Indian journal of veterinary science and animal husbandry - Volume 10,
Year: 1940
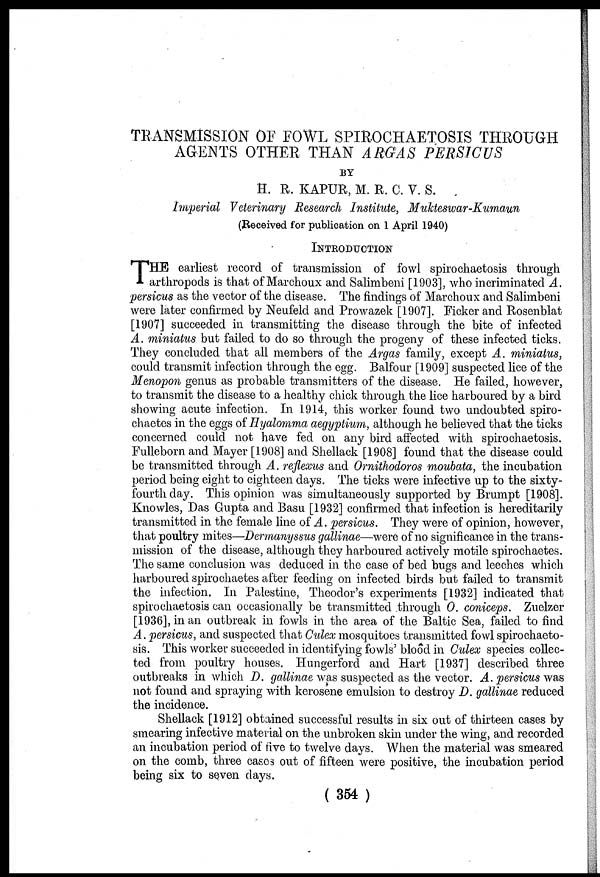
TRANSMISSION OF FOWL SPIROCHAETOSIS THROUGH
AGENTS OTHER THAN ARGAS PERSICUS
BY
H. R. KAPUR, M. R. C. V. S.
Imperial Veterinary Research Institute, Mukteswar-Kumaun
(Received for publication on 1 April 1940)
INTRODUCTION
T HE earliest record of transmission of fowl spirochaetosis through
arthropods is that of Marchoux and Salimbeni [1903], who incriminated A.
persicus as the vector of the disease. The findings of Marchoux and Salimbeni
were later confirmed by Neufeld and Prowazek [1907]. Ficker and Rosenblat
[1907] succeeded in transmitting the disease through the bite of infected
A. miniatus but failed to do so through the progeny of these infected ticks.
They concluded that all members of the Argas family, except A. miniatus,
could transmit infection through the egg. Balfour [1909] suspected lice of the
Menopon genus as probable transmitters of the disease. He failed, however,
to transmit the disease to a healthy chick through the lice harboured by a bird
showing acute infection. In 1914, this worker found two undoubted spiro¬
chaetes in the eggs of Hyalomma aegyptium, although he believed that the ticks
concerned could not have fed on any bird affected with spirochaetosis.
Fulleborn and Mayer [1908] and Shellack [1908] found that the disease could
be transmitted through A. reflexus and Ornithodoros moubata, the incubation
period being eight to eighteen days. The ticks were infective up to the sixty-
fourth day. This opinion was simultaneously supported by Brumpt [1908].
Knowles, Das Gupta and Basu [1932] confirmed that infection is hereditarily
transmitted in the female line of A. persicus. They were of opinion, however,
that poultry mites—Dermanyssus gallinae—were of no significance in the trans-
mission of the disease, although they harboured actively motile spirochaetes.
The same conclusion was deduced in the case of bed bugs and leeches which
harboured spirochaetes after feeding on infected birds but failed to transmit
the infection. In Palestine, Theodor's experiments [1932] indicated that
spirochaetosis can occasionally be transmitted through 0. coniceps. Zuelzer
[1936], in an outbreak in fowls in the area of the Baltic Sea, failed to find
A. persicus, and suspected that Culex mosquitoes transmitted fowl spirochaeto-
sis. This worker succeeded in identifying fowls' blood in Culex species collec-
ted from poultry houses. Hungerford and Hart [1937] described three
outbreaks in which D. gallinae was suspected as the vector. A. persicus was
not found and spraying with kerosene emulsion to destroy D. gallinae reduced
the incidence.
Shellack [1912] obtained successful results in six out of thirteen cases by
smearing infective material on the unbroken skin under the wing, and recorded
an incubation period of five to twelve days. When the material was smeared
on the comb, three cases out of fifteen were positive, the incubation period
being six to seven days.
( 354 )